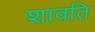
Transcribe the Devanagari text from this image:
शावति